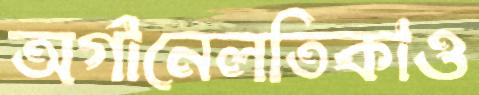
অর্গানেলতিকাও